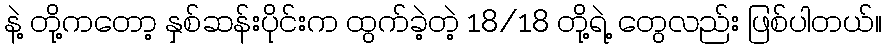
နဲ့ တို့ကတော့ နှစ်ဆန်းပိုင်းက ထွက်ခဲ့တဲ့ 18/18 တို့ရဲ့ တွေလည်း ဖြစ်ပါတယ်။